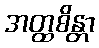
အတ္ထစိန္တာ